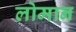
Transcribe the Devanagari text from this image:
लोमान